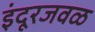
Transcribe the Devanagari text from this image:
इंदूरजवळ